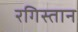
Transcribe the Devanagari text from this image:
रगिस्तान